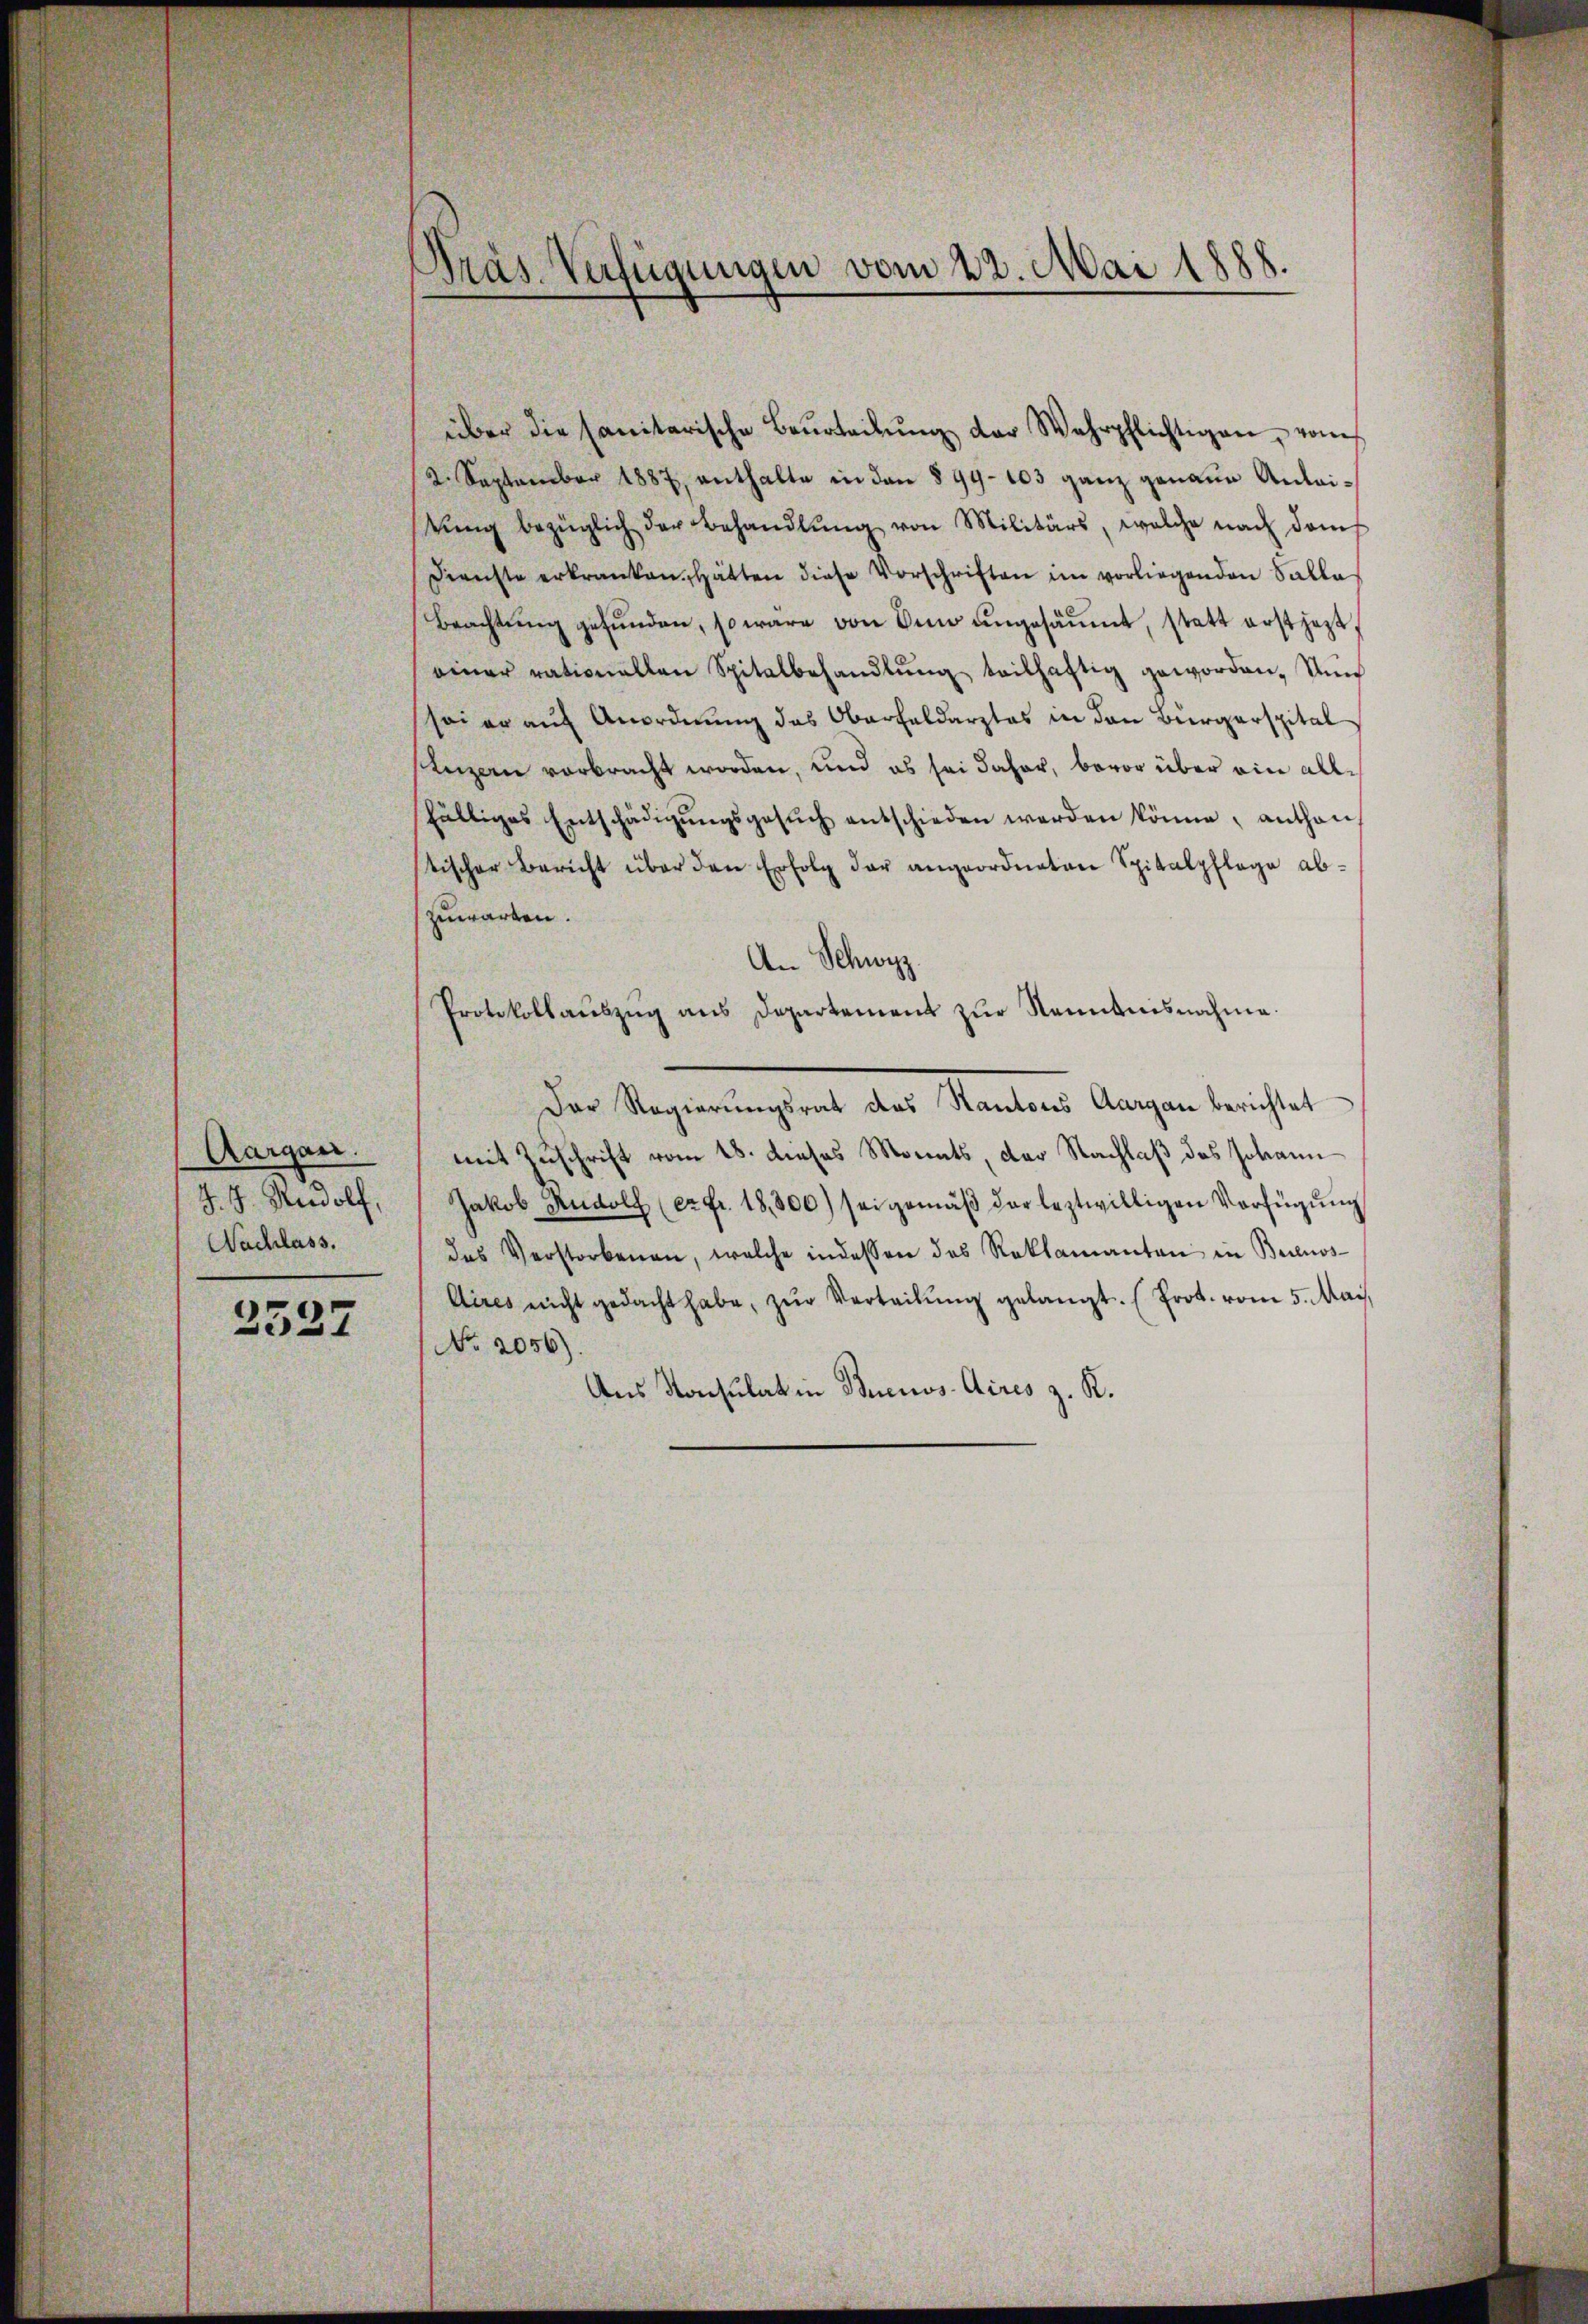
Aargau.
J. J. Rudolf,
Nachlass.
2527

Präs. Verfügungen vom 22. Mai 1888.

über die sanitarische Beurteilŭng der Wehrpflichtigen, vom
2. September 1887, enthalte in den 899. 103 ganz genaue Anleitŭng bezüglich der Behandlŭng von Militärs, welche nach dam
Dienste erkranken. Hätten diese Vorschriften im vorliegenden Salla
Beachtung gefunden, so wäre von den ungesäumt, statt erst jetzt,
einer rationallen Spitalbehandlŭng teilhaftig geworden. Nun
soi er auf Anordnung das Oberfeldarzlos in den Bürgerspital
sanzen verbracht worden, und es sei daher, bevor über ein allfälliges Entschädigŭngsgesŭch entschieden werden könne, anthon
tischer Bericht über den Erfolg der angeordneten Spitalpflege abzuwarten.
An Schwyz.
Protokollaŭszŭg ans Departement zŭr Kenntnisnahme.
Der Regierungsrat des Kantons Aargau berichtet
mit Zuschrift vom 18. dieses Monats, der Nachlaß des Johann
Jakob Rudolf (er fr. 18,800) sei gemäβ der leztwilligen Verfügŭng
das Verstorbenen, welche indessen das Reklamanten in Buenos-
Aires nicht gedacht habe, zŭr Verteilŭng gelangt. (Prot. vom 5. Mai,
No 2056)
Aus Konsulat in Buenos Aires z. K.